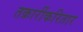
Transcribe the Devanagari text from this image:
तक्रारींकरितार